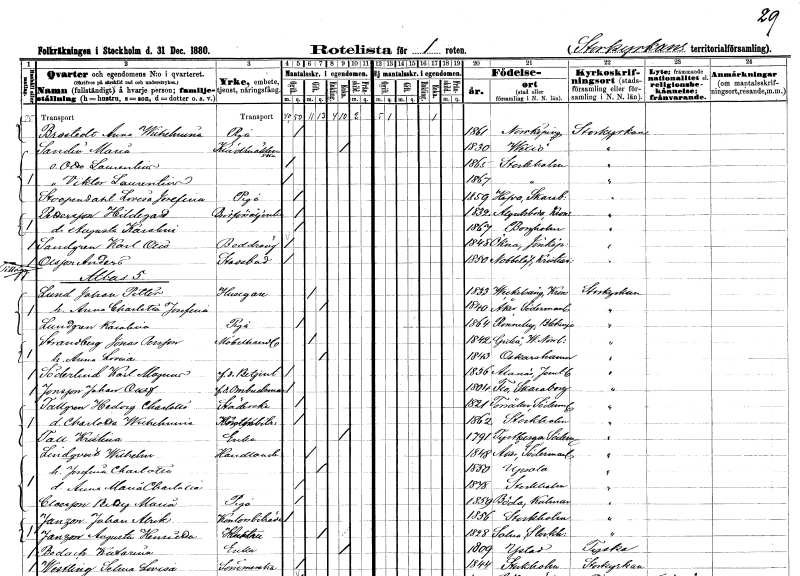
gt_parse: households: individuals: FN: Anna Wilhelmina
EN: Brostedt
YRKE: Piga
KON: K
CIV: O
FODAR: 1861
FODFORS: Norrköping Östergötlands län
FN: Maria
EN: Sandin
YRKE: Klädesvävare
KON: K
CIV: E
FODAR: 1830
FODFORS: Växjö Kronobergs län
FN: Otto Laurentius
KON: M
CIV: O
FODAR: 1865
FODFORS: Stockholm
FN: Viktor Laurentius
KON: M
CIV: O
FODAR: 1867
FODFORS: Stockholm
FN: Lovisa Josefina
EN: Stoopendahl
YRKE: Piga
KON: K
CIV: O
FODAR: 1859
FODFORS: Hova Skaraborgs län
FN: Hildegard
EN: Pettersson
YRKE: Brödförsäljerska
KON: K
CIV: O
FODAR: 1832
FODFORS: Algutsboda Kalmar län
FN: Augusta Karolina
KON: K
CIV: O
FODAR: 1867
FODFORS: Borgholm Kalmar län
FN: Karl Otto
EN: Sandgren
YRKE: Boddräng
KON: M
CIV: O
FODAR: 1848
FODFORS: Ökna Jönköpings län
FN: Anders
EN: Olsson
YRKE: Stadsbud
KON: M
CIV: O
FODAR: 1850
FODFORS: Nöbbelöv Kristianstads län
FN: Johan Petter
EN: Lund
YRKE: Husägare
KON: M
CIV: G
FODAR: 1833
FODFORS: Väckelsång Kronobergs län
FN: Anna Charlotta Josefina
KON: K
CIV: G
FODAR: 1840
FODFORS: Åker Södermanlands län
FN: Karolina
EN: Lundgren
YRKE: Piga
KON: K
CIV: O
FODAR: 1864
FODFORS: Ronneby Blekinge län
FN: Jonas
EN: Strandberg Persson
YRKE: Möbelhandlare
KON: M
CIV: G
FODAR: 1842
FODFORS: Gideå Västernorrlands län
FN: Anna Lovisa
KON: K
CIV: G
FODAR: 1843
FODFORS: Oskarshamn Kalmar län
FN: Karl Magnus
EN: Söderlind
YRKE: Betjänt f.d.
KON: M
CIV: O
FODAR: 1836
FODFORS: Alanäs Jämtlands län
FN: Johan Olof
EN: Jonsson
YRKE: Ombudsman f.d.
KON: M
CIV: O
FODAR: 1804
FODFORS: Flo Skaraborgs län
FN: Hedvig Charlotta
EN: Tallgren
YRKE: Städerska
KON: K
CIV: O
FODAR: 1821
FODFORS: Torsåker Södermanlands län
FN: Charlotta Wilhelmina
YRKE: Biträde
KON: K
CIV: O
FODAR: 1862
FODFORS: Stockholm
FN: Kristina
EN: Tall
YRKE: Änka
KON: K
CIV: E
FODAR: 1791
FODFORS: Tystberga Södermanlands län
FN: Wilhelm
EN: Lindqvist
YRKE: Handlande
KON: M
CIV: G
FODAR: 1848
FODFORS: Åker Södermanlands län
FN: Josefina Charlotta
KON: K
CIV: G
FODAR: 1850
FODFORS: Uppsala Uppsala län
FN: Anna Maria Charlotta
KON: K
CIV: O
FODAR: 1878
FODFORS: Stockholm
FN: Betty Maria
EN: Claesson
YRKE: Piga
KON: K
CIV: O
FODAR: 1859
FODFORS: Böda Kalmar län